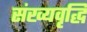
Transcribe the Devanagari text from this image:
संख्यवृद्धि